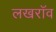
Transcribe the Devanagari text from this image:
लखरॉव